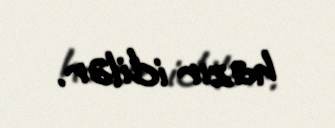
hazır idilər.